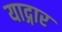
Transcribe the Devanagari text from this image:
याद्गार